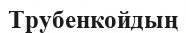
Трубенкойдың